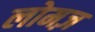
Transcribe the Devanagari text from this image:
लोमज़